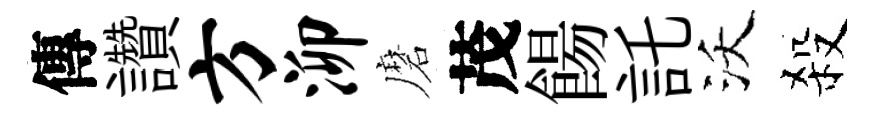
傳讚方泖磨茂餳託沃殺